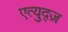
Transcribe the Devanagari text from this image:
एत्युद्ज़